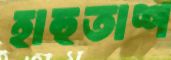
হাহুতাশ